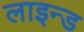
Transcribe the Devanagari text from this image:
लाइन्‍ड